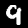
Label: 9